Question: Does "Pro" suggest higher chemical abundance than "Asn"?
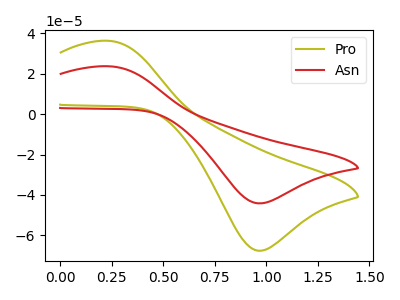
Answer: <think>The olive curve "Pro" has an anodic peak at (0.25V, 36.30uA) and a cathodic peak at (0.95V, -67.65uA). The red curve "Asn" has an anodic peak at (0.25V, 23.70uA) and a cathodic peak at (0.95V, -44.20uA).
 All the peaks in "Pro" have a peak in "Asn" at the same potential. Every peak in "Pro" is higher than every peak in "Asn".</think>
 <answer>"Pro" has more signal than "Asn".</answer>
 <eval>more_signal</eval>